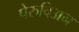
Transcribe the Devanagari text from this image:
पेरुविअन